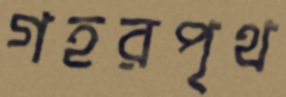
গহরপৃথ